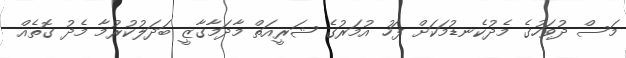
މަސް ދުވަހުގެ މެދުކެނޑުމަކަށް ފަހު އުމަރުގެ ޝަރީއަތް މާދަމާގާޒީ ބަދަލުކުރުމާ މެދު ގޮތެއް